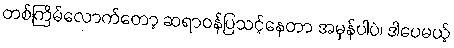
တစ်ကြိမ်လောက်တော့ ဆရာဝန်ပြသင့်နေတာ အမှန်ပါပဲ၊ ဒါပေမယ့်